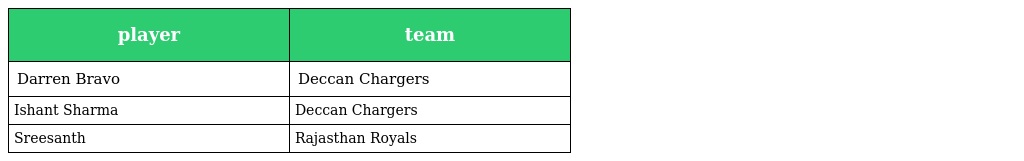
| player | team |
 | --- | --- |
 | Darren Bravo | Deccan Chargers |
 | Ishant Sharma | Deccan Chargers |
 | Sreesanth | Rajasthan Royals |